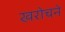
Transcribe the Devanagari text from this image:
खरोचने